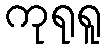
ကုရုရူ